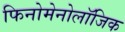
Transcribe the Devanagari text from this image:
फिनोमेनोलॉजिक